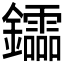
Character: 𨯻